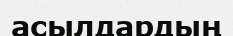
асылдардың